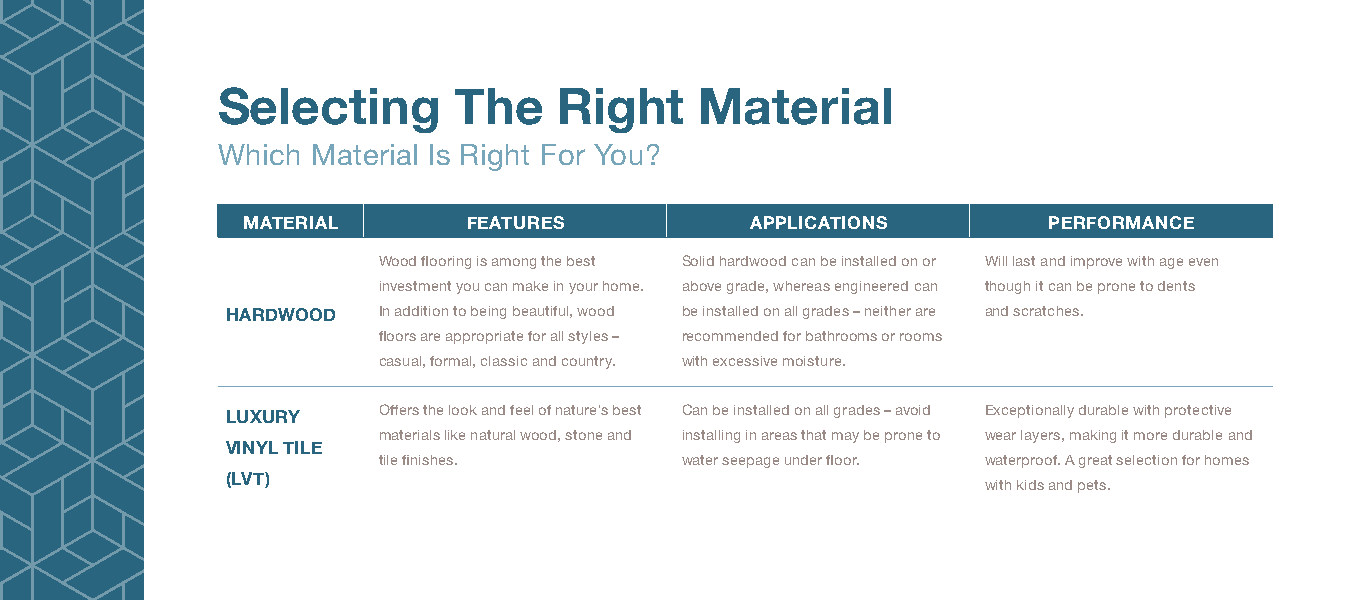
Selecting       The    Right    Material
 Which  Material Is Right For You?
 MATERIAL       FEATURES           APPLICATIONS       PERFORMANCE
 Wood flooring is among the best Solid hardwood can be installed on or Will last and improve with age even
 investment you can make in your home. above grade, whereas engineered can though it can be prone to dents
 HARDWOOD  In addition to being beautiful, wood be installed on all grades – neither are and scratches.
 floors are appropriate for all styles – recommended for bathrooms or rooms
 casual, formal, classic and country. with excessive moisture.
 Offers the look and feel of nature's best Can be installed on all grades – avoid Exceptionally durable with protective
 LUXURY
 materials like natural wood, stone and installing in areas that may be prone to wear layers, making it more durable and
 VINYL TILE
 tile finishes.      water seepage under floor. waterproof. A great selection for homes
 (LVT)                                             with kids and pets.